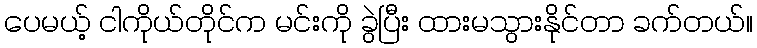
ပေမယ့် ငါကိုယ်တိုင်က မင်းကို ခွဲပြီး ထားမသွားနိုင်တာ ခက်တယ်။